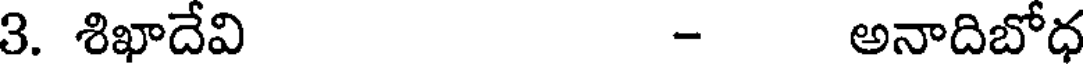
3. శిఖాదేవి - అనాదిబోధ